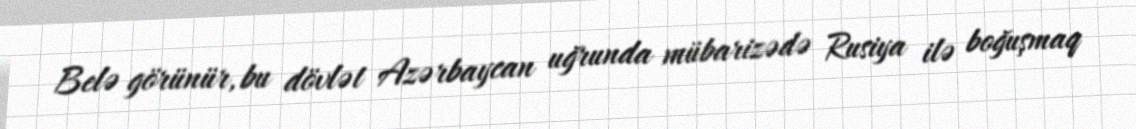
Belə görünür, bu dövlət Azərbaycan uğrunda mübarizədə Rusiya ilə boğuşmaq